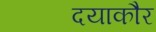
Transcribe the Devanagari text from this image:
दयाकौर